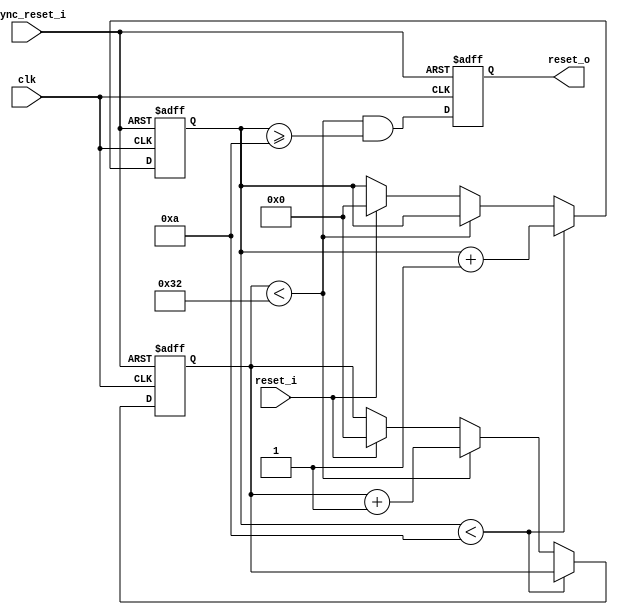
module reset_block(
    clk, async_reset_i, reset_i, reset_o
  );
  parameter DELAY = 10;
  parameter WIDTH = 50;
  input  clk;
  input  async_reset_i;
  input  reset_i;
  output reset_o;

  reg [31:0] delay_counter;
  reg [31:0] width_counter;

  reg reset_o;

  always @(posedge clk or posedge async_reset_i) begin
    if (async_reset_i) begin
      delay_counter<=32'b0;
      width_counter<=32'b0;
      reset_o <= 1'b0;
`ifdef DEBUG
      $display("rb: got async reset");
`endif
    end else begin
      reset_o <= (width_counter < WIDTH && delay_counter >= DELAY);
`ifdef SIMULATION
      /* fake initialization */
      if (delay_counter === 32'hxxxx_xxxx) begin
        delay_counter <= 32'b0;
      end else if (width_counter === 32'hxxxx_xxxx) begin
        width_counter <= 32'b0;
      end else
`endif
      if (delay_counter < DELAY) begin
        delay_counter<=delay_counter + 1;
      end else if (width_counter < WIDTH) begin
        width_counter<=width_counter + 1;
      end else if (reset_i == 1'b1) begin 
        delay_counter<=32'b0;
        width_counter<=32'b0;
      end
    end
  end

endmodule